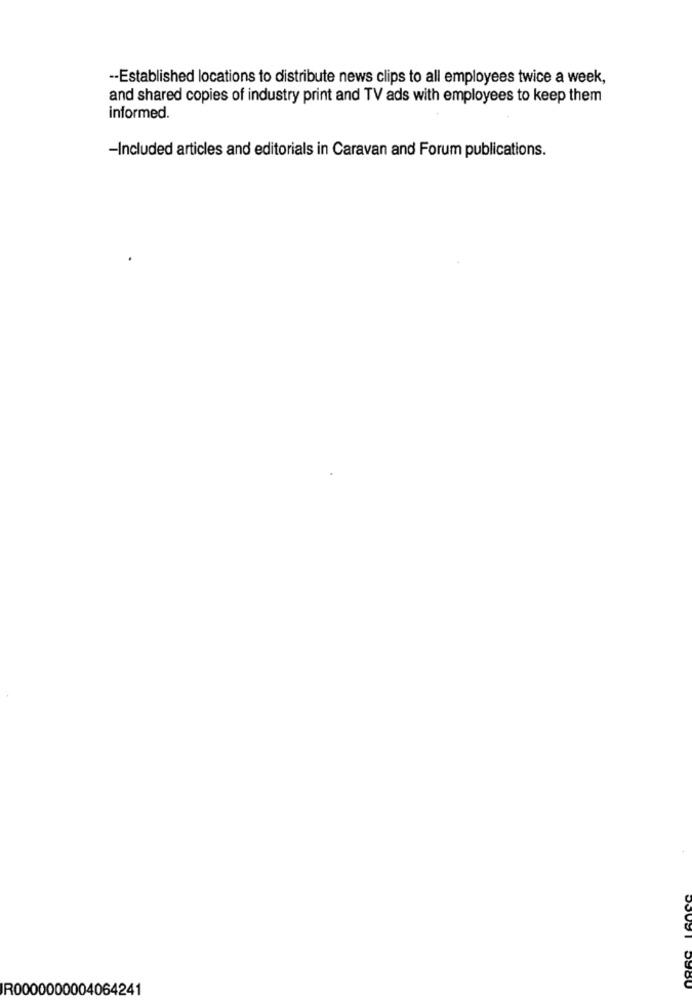
-- Established locations to distribute news clips to all employees twice a week,
and shared copies of industry print and TV ads with employees to keep them
informed.
-Included articles and editorials in Caravan and Forum publications.
IR0000000004064241